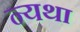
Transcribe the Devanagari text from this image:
न्यथा